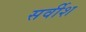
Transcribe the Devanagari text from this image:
सर्वीश